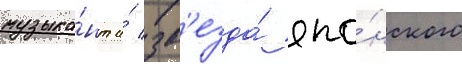
музыка́нт и́ зв'езда́ япо́нского